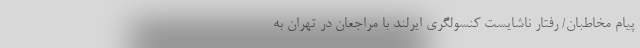
پیام مخاطبان/ رفتار ناشایست کنسولگری ایرلند با مراجعان در تهران به